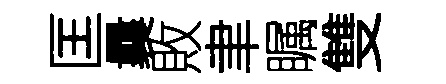
匡曩敗聿瞩雙